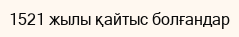
1521 жылы қайтыс болғандар